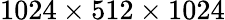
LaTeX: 1024\times 512\times 1024